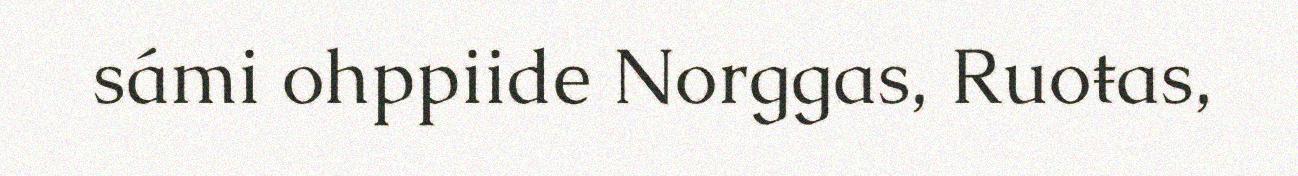
sámi ohppiide Norggas, Ruoŧas,